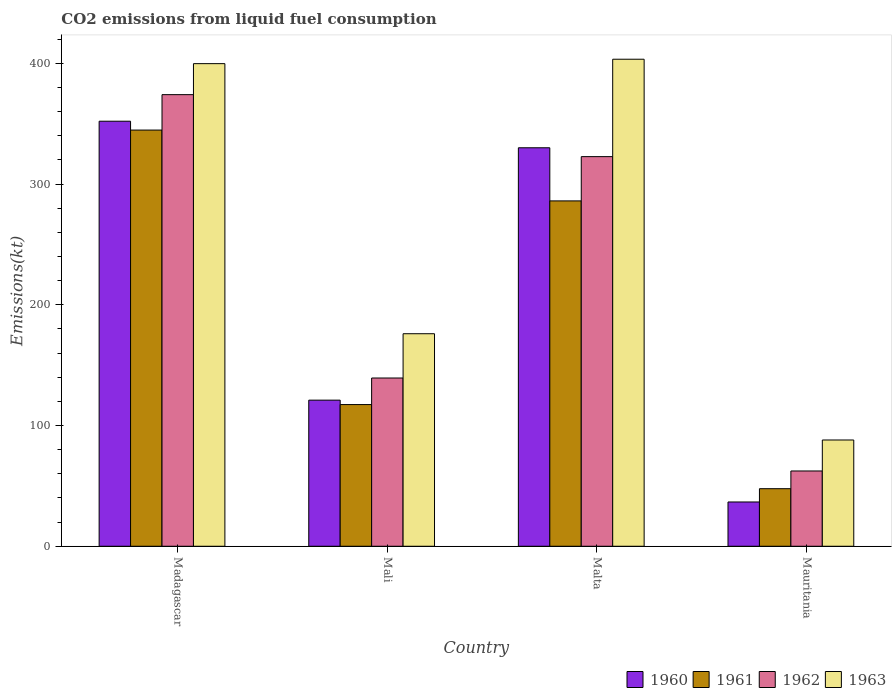
| Country | 1960 | 1961 | 1962 | 1963 |
 | --- | --- | --- | --- | --- |
 | Madagascar | 352 | 345 | 374 | 400 |
 | Mali | 121 | 117 | 139 | 176 |
 | Malta | 330 | 286 | 323 | 403 |
 | Mauritania | 36.7 | 47.7 | 62.3 | 88 |